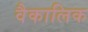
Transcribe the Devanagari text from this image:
वैकालिक